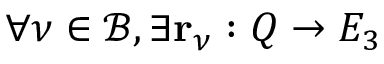
\forall \nu \in \mathcal { B } , \exists \mathbf { r } _ { \nu } : Q \rightarrow E _ { 3 }